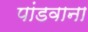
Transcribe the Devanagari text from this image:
पांडवाना